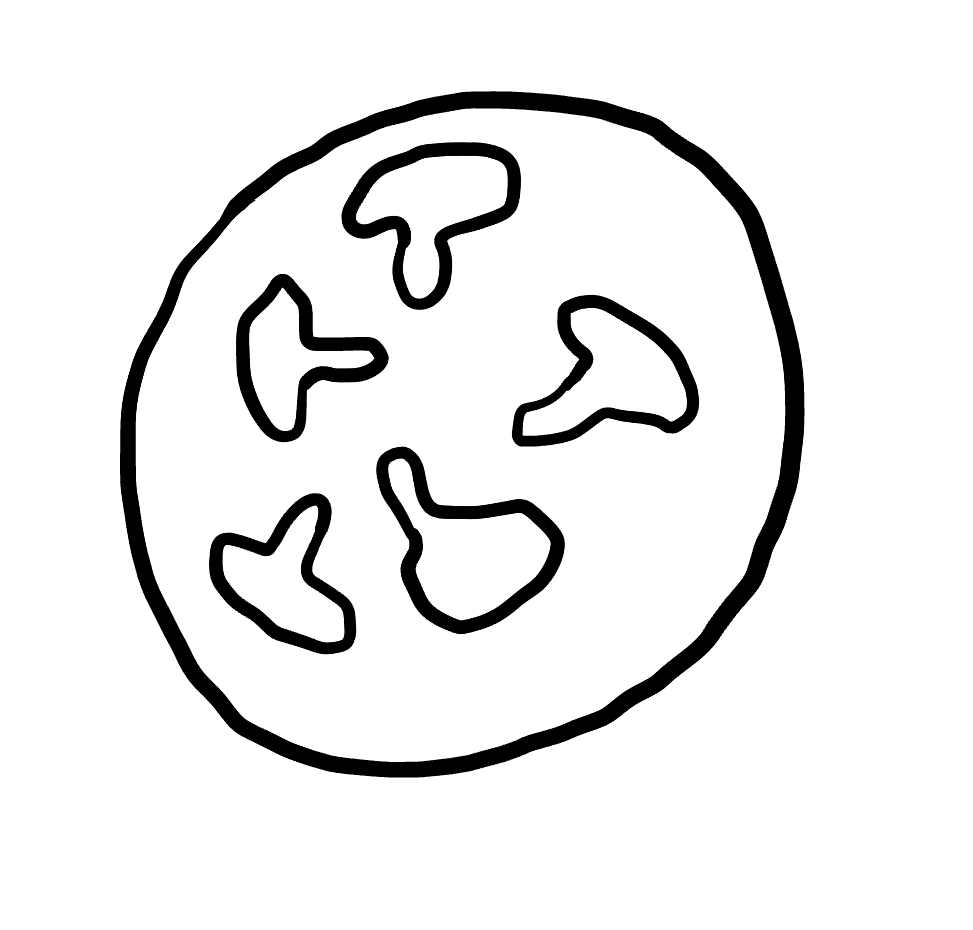
Number of regions (including the outer root region): 7
Containment tree edges (parent, child): 0, 1, 1, 2, 1, 3, 1, 4, 1, 5, 1, 6